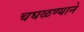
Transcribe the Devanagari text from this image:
चघळण्याने